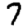
Digit: 7